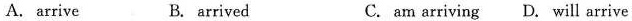
A. arrive B. arrived C. am arriving D. will arrive